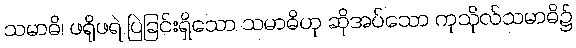
သမာဓိ၊ ဖရိုဖရဲ ပြဲခြင်းရှိသော သမာဓိဟု ဆိုအပ်သော ကုသိုလ်သမာဓိ၌